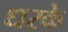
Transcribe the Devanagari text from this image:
धरके